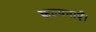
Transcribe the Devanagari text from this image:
कल्पनाएँ।